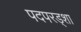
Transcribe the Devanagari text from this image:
पदपरड्शा